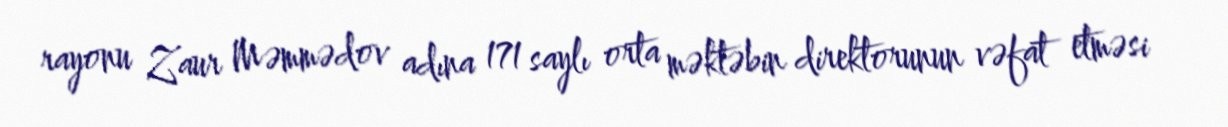
rayonu Zaur Məmmədov adına 171 saylı orta məktəbin direktorunun vəfat etməsi